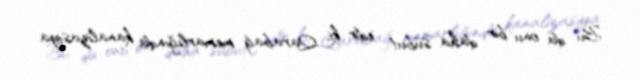
Bu da onu bir daha sübut edir ki, Qarabağ memarlığında kanalizasiya